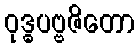
ဝုဒ္ဓပဗ္ဗဇိတော